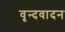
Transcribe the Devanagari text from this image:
वृन्दवादन